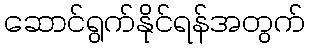
ဆောင်ရွက်နိုင်ရန်အတွက်